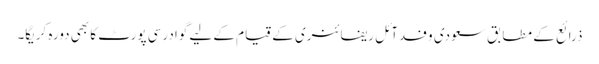
ذرائع کے مطابق سعودی وفدآئل ریفائنری کے قیام کے لیے گوادرسی پورٹ کا بھی دورہ کریگا۔